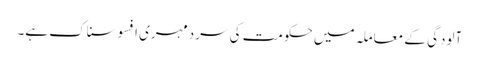
آلودگی کے معاملہ میں حکومت کی سردمہری افسوسناک ہے۔